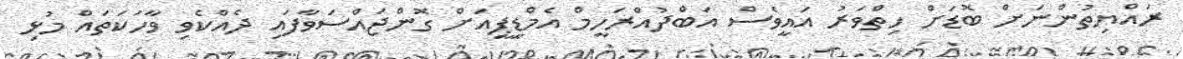
ރައްޔިތުންނަށް ބޮޑަށް ހިތްވަރު އައީވެސް އަބްދުއްރަހީމް އެމްޑީޕީއަށް ގޮންޖައްސަވާފައި ދެއްކެވި ވާހަކަތައް މުޅި